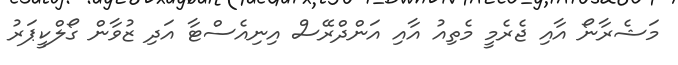
މަޝެރާނޯ އާއި ޖެރެމީ މެތިއު އާއި އަންދްރޭސް އިނިއެސްޓާ އަދި ޒުވާން ގޯލްކީޕަރު